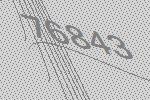
76843